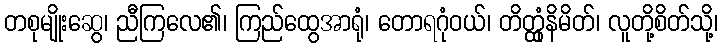
တစုမျိုးဆွေ၊ ညီကြလေ၏၊ ကြည်ထွေအာရုံ၊ တောရဂုံဝယ်၊ တိတ္ထုံနိမိတ်၊ လူတို့စိတ်သို့၊